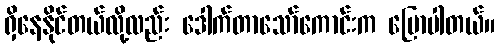
ရှိနေနိုင်တယ်လို့လည်း ဒေါက်တာသော်ကောင်းက ပြောပါတယ်။